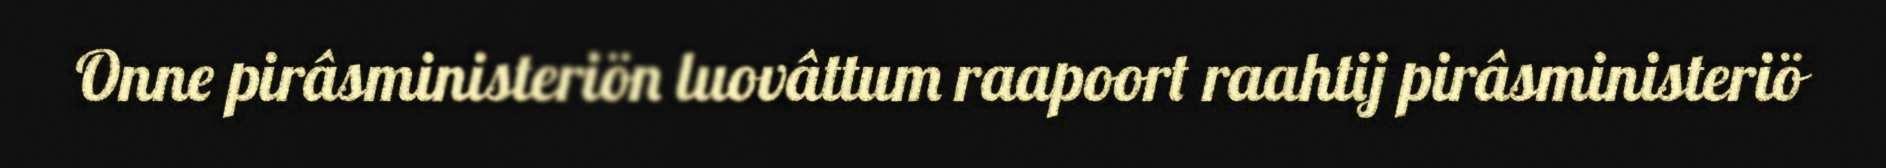
Onne pirâsministeriön luovâttum raapoort raahtij pirâsministeriö